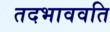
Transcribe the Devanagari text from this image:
तदभाववति